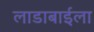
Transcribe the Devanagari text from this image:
लाडाबाईला